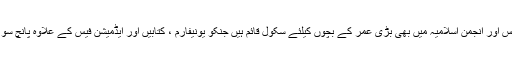
پروفیسر مسعود نے بتایا کہ ایس او ایس اور انجمن اسلامیہ میں بھی بڑی عمر کے بچوں کیلئے سکول قائم ہیں جنکو یونیفارم ، کتابیں اور ایڈمیشن فیس کے علاوہ پانچ سو روپے ماہانہ وظیفہ بھی دیا جاتا ہے۔